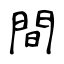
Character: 間